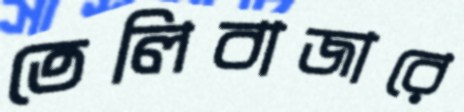
তেলিবাজারে